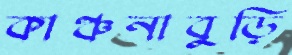
কাঞ্চনাবুড়ি